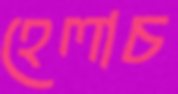
হেলাচ